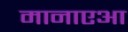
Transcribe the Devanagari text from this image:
मानाएआ